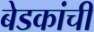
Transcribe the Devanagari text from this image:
बेडकांची